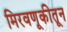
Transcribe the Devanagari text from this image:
मिरवणूकीतून